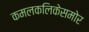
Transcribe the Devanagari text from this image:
कमलकलिकेसमोर